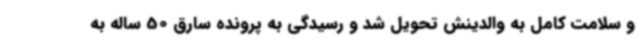
و سلامت کامل به والدینش تحویل شد و رسیدگی به پرونده سارق 50 ساله به